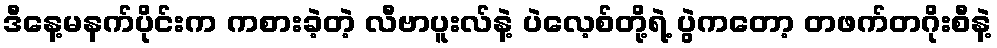
ဒီနေ့မနက်ပိုင်းက ကစားခဲ့တဲ့ လီဗာပူးလ်နဲ့ ပဲလေ့စ်တို့ရဲ့ ပွဲကတော့ တဖက်တဂိုးစီနဲ့